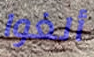
ألغوا